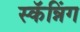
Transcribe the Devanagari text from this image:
स्कॅन्निंग